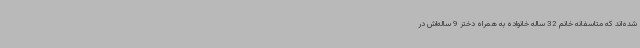
شده‌اند که متاسفانه خانم 32 ساله خانواده به همراه دختر 9 ساله‌اش در